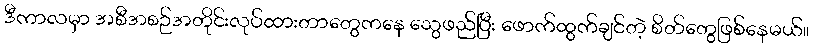
ဒီကာလမှာ အစီအစဉ်အတိုင်းလုပ်ထားတာတွေကနေ သွေဖည်ပြီး ဖောက်ထွက်ချင်တဲ့ စိတ်တွေဖြစ်နေမယ်။